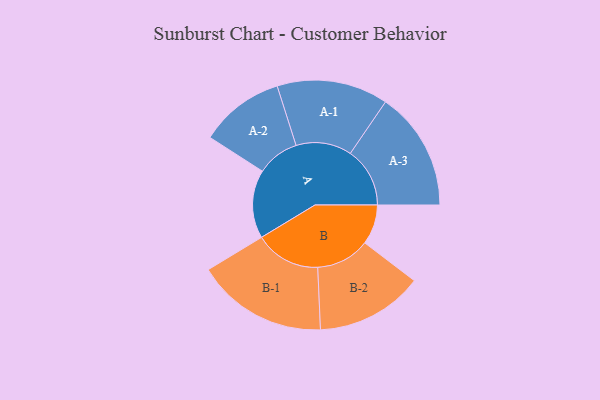
{"axis": {"x": "Segment", "y": "Value"}, "legend": ["", "A", "B"], "data": [{"x": "A", "y": 247, "type": ""}, {"x": "B", "y": 144, "type": ""}, {"x": "A-1", "y": 201, "type": "A"}, {"x": "A-2", "y": 153, "type": "A"}, {"x": "A-3", "y": 215, "type": "A"}, {"x": "B-1", "y": 237, "type": "B"}, {"x": "B-2", "y": 194, "type": "B"}]}